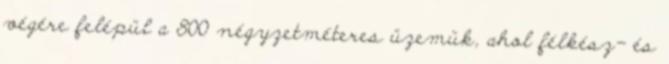
végére felépül a 800 négyzetméteres üzemük, ahol félkész- és